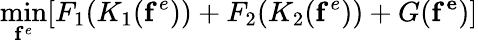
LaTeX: \operatorname*{min}_{\mathbf{f}^{e}}[F_{1}(K_{1}(\mathbf{f}^{e}))+F_{2}(K_{2}(\mathbf{f}^{e}))+G(\mathbf{f^{e}})]